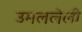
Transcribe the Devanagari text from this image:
उमललेली